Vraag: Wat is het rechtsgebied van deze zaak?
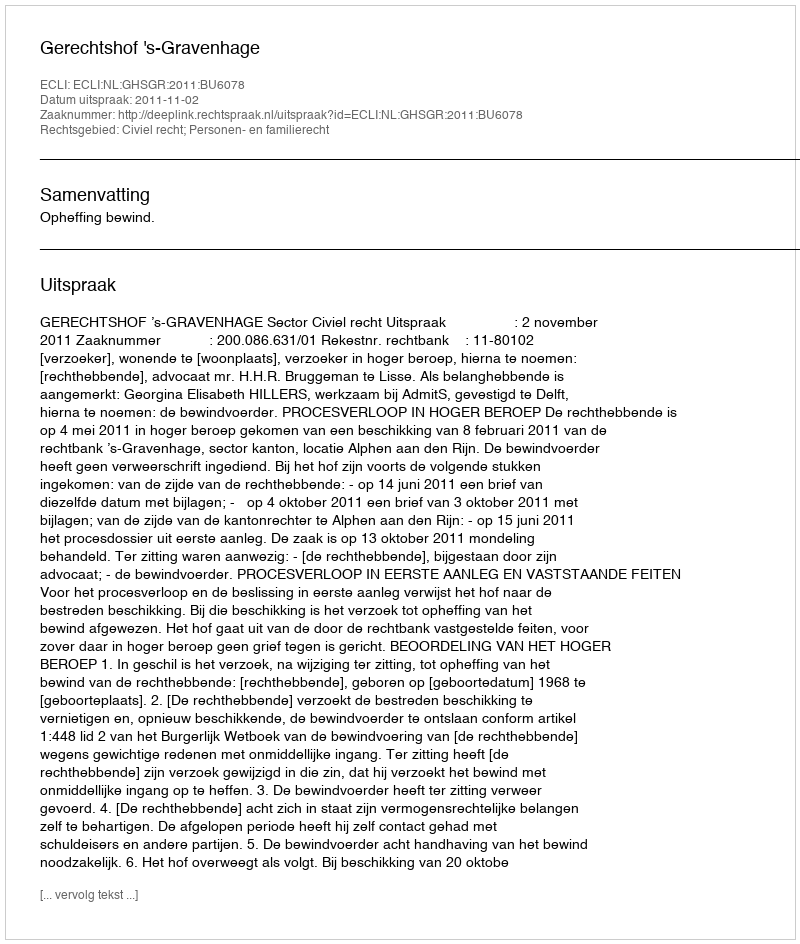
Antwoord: Civiel recht; Personen- en familierecht